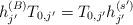
LaTeX: \begin{align*}h_{j'}^{(B)} T_{0,j'} =T_{0,j'}h_{j'}^{(s')}\end{align*}